Reports on military cantonments and civil stations in the Presidency of Bombay inspected by the Sanitary Commissioner in the years 1875 and 1876
Year: 1875
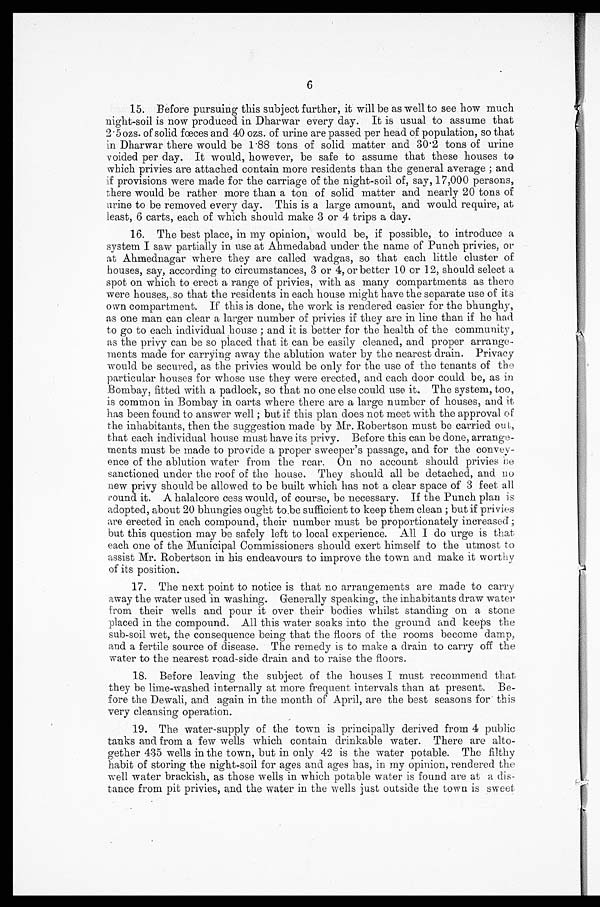
6
Before pursuing this subject further, it will be as well to see how much
night-soil is now produced in Dharwar every day. It is usual to assume that
2.5 ozs. of solid fæces and 40 ozs. of urine are passed per head of population, so that
in Dharwar there would be 1.88 tons of solid matter and 30.2 tons of urine
voided per day. It would, however, be safe to assume that these houses to
which privies are attached contain more residents than the general average ; and
if provisions were made for the carriage of the night-soil of, say, 17,000 persons,
there would be rather more than a ton of solid matter and nearly 20 tons of
urine to be removed every day. This is a large amount, and would require, at
least, 6 carts, each of which should make 3 or 4 trips a day.
The best place, in my opinion, would be, if possible, to introduce a
system I saw partially in use at Ahmedabad under the name of Punch privies, or
at Ahmednagar where they are called wadgas, so that each little cluster of
houses, say, according to circumstances, 3 or 4, or better 10 or 12, should select a
spot on which to erect a range of privies, with as many compartments as there
were houses, so that the residents in each house might have the separate use of its
own compartment. If this is done, the work is rendered easier for the bhunghy,
as one man can clear a larger number of privies if they are in line than if he had
to go to each individual house ; and it is better for the health of the community,
as the privy can be so placed that it can be easily cleaned, and proper arrange-
ments made for carrying away the ablution water by the nearest drain. Privacy
would be secured, as the privies would be only for the use of the tenants of the
particular houses for whose use they were erected, and each door could be, as in.
Bombay, fitted with a padlock, so that no one else could use it. The system, too,
is common in Bombay in oarts where there are a large number of houses, and it
has been. found to answer well ; but if this plan does not Meet with the approval of
the inhabitants, then the suggestion made by Mr. Robertson must be carried out,
that each individual house must have its privy. Before this can be done, arrang
ements must be made to provide a proper sweeper's passage, and for the convey-
ence of the ablution water from the rear. On no account should privies be
sanctioned under the roof of the house. They should all be detached, and no
new privy should be allowed to be built which has not a clear space of 3 feet all
round it. A halalcore cess would, of course, be necessary. If the Punch plan is
adopted, about 20 bhungies ought to be sufficient to keep them clean ; but if privies
are erected in each compound, their number must be proportionately increased
but this question may be safely left to local experience. All I do urge is that
each one of the Municipal Commissioners should exert himself to the utmost to
assist Mr. Robertson in his endeavours to improve the town and make it worthy
of its position.
The next point to notice is that no arrangements are made to carry
away the water used in washing. Generally speaking, the inhabitants draw water
from their wells and pour it over their bodies whilst standing on a stone
placed in the compound. All this water soaks into the ground and keeps the
sub-soil wet, the consequence being that the floors of the rooms become damp,
and a fertile source of disease. The remedy is to make a drain to carry off the
water to the nearest road-side drain and to raise the floors.
Before leaving the subject of the houses I must recommend that
they be lime-washed internally at more frequent intervals than at present. Be-
fore the Dewali, and again in the mouth of April, are the best seasons for this
very cleansing operation.
The water-supply of the town is principally derived from 4 public
tanks and from a few wells which contain drinkable water. There are alto-
gether 435 wells in the town, but in only 42 is the water potable. The filthy
habit of storing the night-soil for ages and ages has, in my opinion, rendered the
well water brackish, as those wells in which potable water is found are at a dis-
tance from pit privies, and the water in the wells just outside the town is sweet